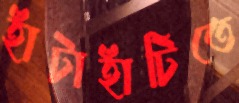
হাঁটাহাঁটিতে